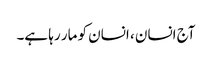
آج انسان ، انسان کو مار رہا ہے۔